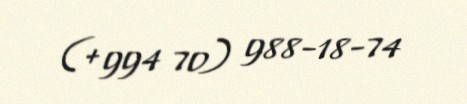
(+994 70) 988-18-74